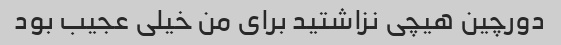
دورچین هیچی نزاشتید برای من خیلی عجیب بود